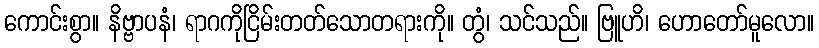
ကောင်းစွာ။ နိဗ္ဗာပနံ၊ ရာဂကိုငြိမ်းတတ်သောတရားကို။ တွံ၊ သင်သည်။ ဗြူဟိ၊ ဟောတော်မူလော။